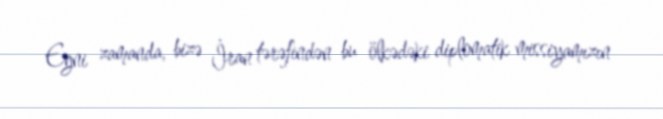
Eyni zamanda, bizə İran tərəfindən bu ölkədəki diplomatik missiyamızın